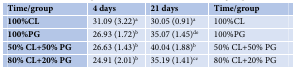
| Time/group | 4 days | 21 days | Time/group |
 | --- | --- | --- | --- |
 | 100%CL | 31.09 (3.22)a | 30.05 (0.91)a | 100%CL |
 | 100%PG | 26.93 (1.72)b | 35.07 (1.45)de | 100%PG |
 | 50% CL+50% PG | 26.63 (1.43)b | 40.04 (1.88)b | 50% CL+50% PG |
 | 80% CL+20% PG | 24.91 (2.01)b | 35.19 (1.41)ce | 80% CL+20% PG |